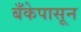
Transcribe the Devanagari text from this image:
बँकेपासून